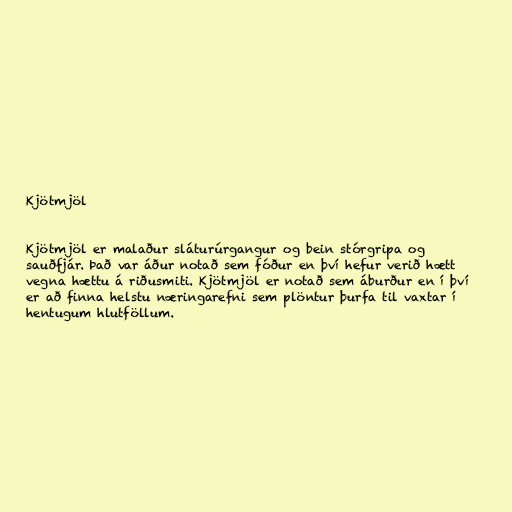
Kjötmjöl

Kjötmjöl er malaður sláturúrgangur og bein stórgripa og
sauðfjár. Það var áður notað sem fóður en því hefur verið hætt
vegna hættu á riðusmiti. Kjötmjöl er notað sem áburður en í því
er að finna helstu næringarefni sem plöntur þurfa til vaxtar í
hentugum hlutföllum.